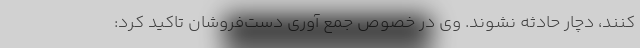
کنند، دچار حادثه نشوند. وی در خصوص جمع آوری دست‌فروشان تاکید کرد: